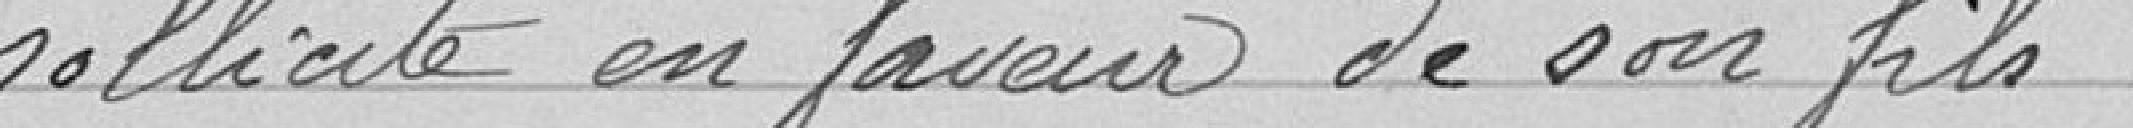
sollicite en faveur de son fils.